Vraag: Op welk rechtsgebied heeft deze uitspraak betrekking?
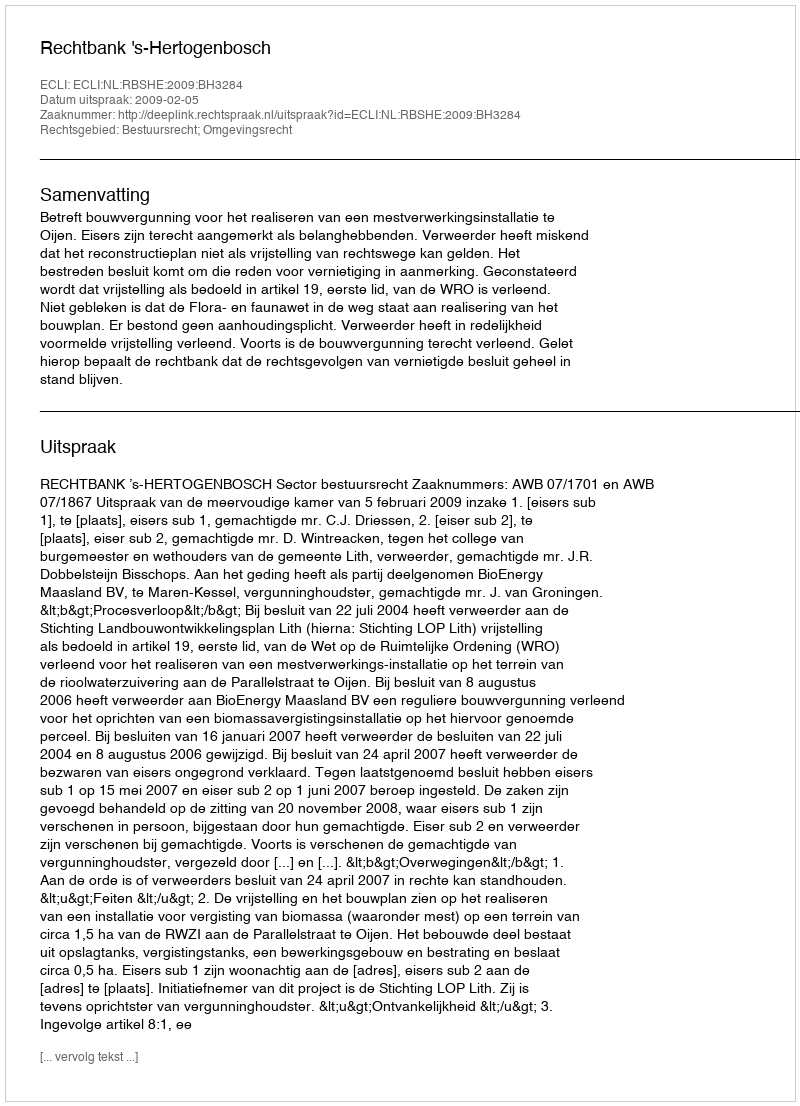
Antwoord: Bestuursrecht; Omgevingsrecht